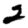
Digit: 2